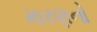
મારણનો